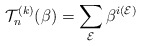
\begin{gather*}{\cal{T}}_n^{(k)}(\beta)=\sum_{\cal{E}} \beta^{i(\cal{E})}\end{gather*}